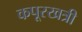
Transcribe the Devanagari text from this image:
कपूरखत्री